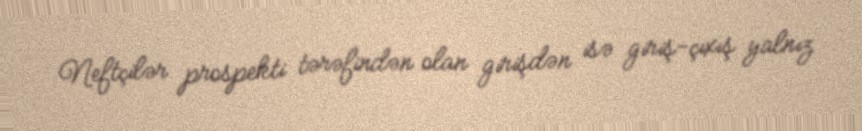
Neftçilər prospekti tərəfindən olan girişdən isə giriş-çıxış yalnız